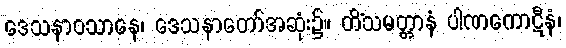
ဒေသနာဝသာနေ၊ ဒေသနာတော်အဆုံး၌။ တိံသမတ္တာနံ ပါဏကောဋီနံ၊